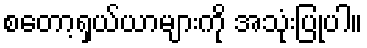
စတော့ရှယ်ယာများကို အသုံးပြုပါ။